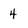
Character: 4